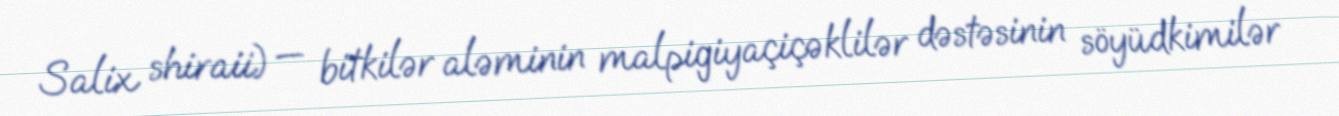
Salix shiraii) — bitkilər aləminin malpigiyaçiçəklilər dəstəsinin söyüdkimilər